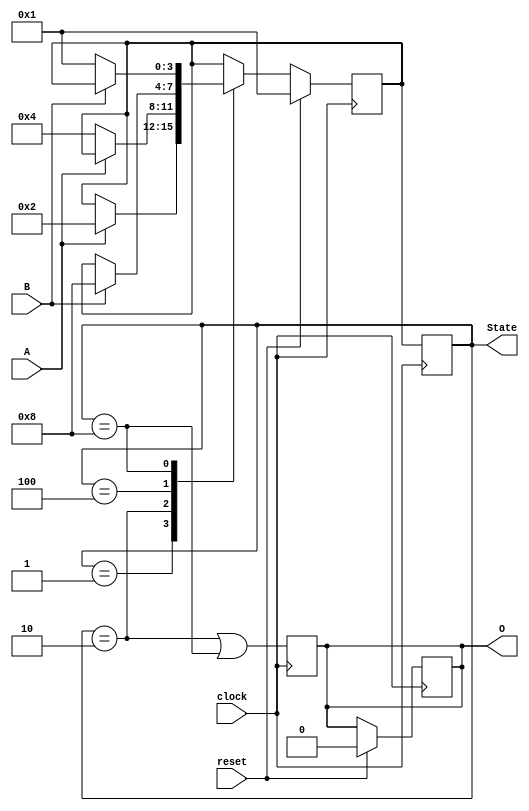
module ABRO_StateMachine (
  input wire clock,
  input wire reset,
  input wire A,
  input wire B,
  output reg O,
  output reg [3:0] State
);
  reg [3:0] next_State;

  always @(posedge clock) begin
    if (reset) begin
      next_State <= 4'b0001;
      O <= 0;
    end
    else begin
      case (State)
        4'b0001:
          if (A) next_State <= 4'b0010;
        4'b0010:
          if (!A) next_State <= 4'b0100;
        4'b0100:
          if (B) next_State <= 4'b1000;
        4'b1000:
          if (!B) next_State <= 4'b0001;
      endcase
    end
  end

  always @(posedge clock) begin
    State <= next_State;
    O <= (State == 4'b0010 || State == 4'b1000);
  end
endmodule